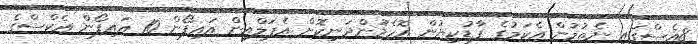
8އެސްގައި ނެތުމުން އެކަމުގެ ފާޑުކިޔުން އޮހެމުންދަނިކޮށް އެޕަލްއިން އައިފޯން 10 އައިފޯން އެކްސްގެ